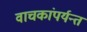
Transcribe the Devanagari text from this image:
वाचकांपर्यन्त